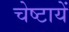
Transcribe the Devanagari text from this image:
चेष्‍टायें